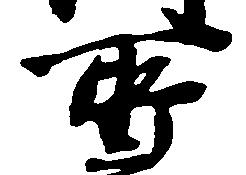
所